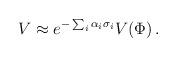
LaTeX: \begin{align*}V\approx e^{-\sum_{i}\alpha_{i}\sigma_{i}} V(\Phi)\, .\end{align*}